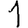
Digit: 1